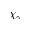
\chi _ { \gamma }